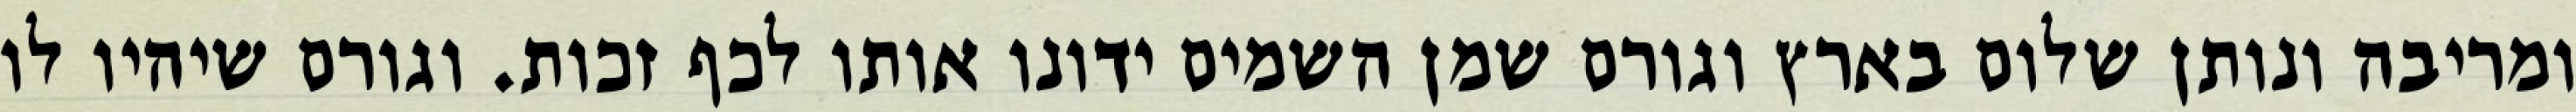
ומריבה ונותן שלום בארץ וגורם שמן השמים ידונו אותו לכף זכות. וגורם שיהיו לו